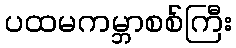
ပထမကမ္ဘာစစ်ကြီး